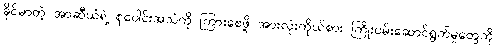
ခိုင်မာတဲ့ အာဆီယံရဲ့ စုပေါင်းအသံကို ကြားစေဖို့ အားလုံးကိုယ်စား ကြိုးပမ်းဆောင်ရွက်မှုတွေကို